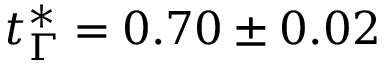
t _ { \Gamma } ^ { * } = 0 . 7 0 \pm 0 . 0 2